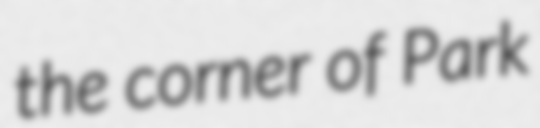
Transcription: the corner of Park